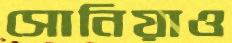
সোনিয়াও